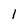
Character: 1